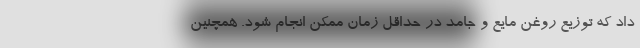
داد که توزیع روغن مایع و جامد در حداقل زمان ممکن انجام شود. همچنین